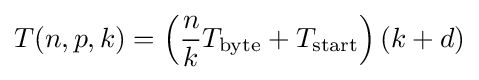
T(n,p,k)=\left({\frac {n}{k}}T_{\text{byte}}+T_{\text{start}}\right)(k+d)